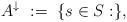
LaTeX: \begin{align*}A^{\downarrow}\ :=\ \{s\in S:\},\end{align*}